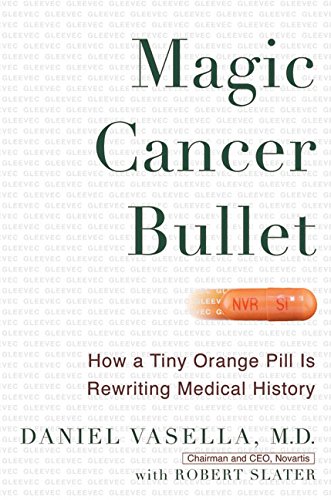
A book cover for Magic Cancer Bullet: How a Tiny Orange Pill May Rewrite Medical History; Daniel Vasella; Medical Books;